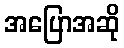
အပြောအဆို